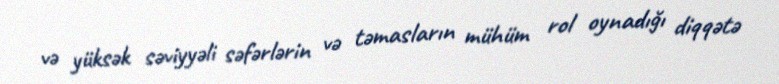
və yüksək səviyyəli səfərlərin və təmasların mühüm rol oynadığı diqqətə